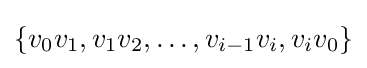
\{v_{0}v_{1},v_{1}v_{2},\dotsc ,v_{i-1}v_{i},v_{i}v_{0}\}